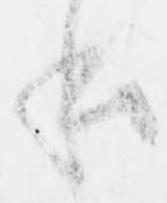
本